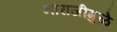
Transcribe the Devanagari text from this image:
नाराजीमुळे